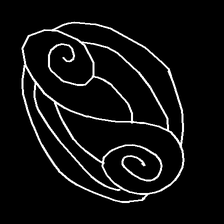
Glyph: wind-underfoot